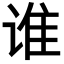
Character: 谁